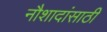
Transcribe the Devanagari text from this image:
नौशादांसाठी